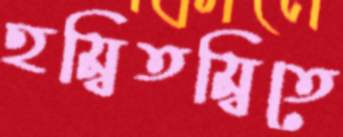
হম্বিতম্বিতে